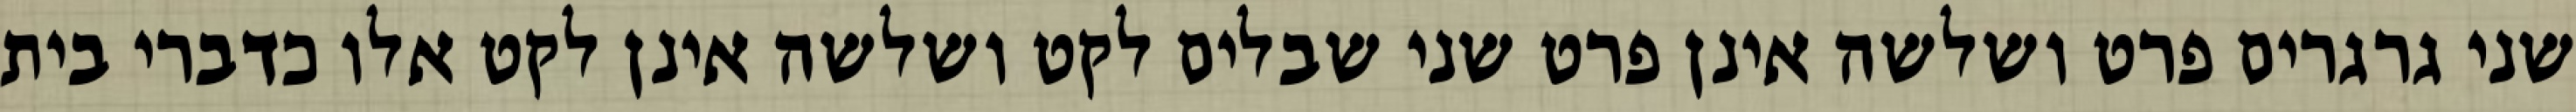
שני גרגרים פרט ושלשה אינן פרט שני שבלים לקט ושלשה אינן לקט אלו כדברי בית